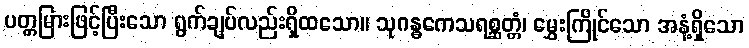
ပတ္တမြားဖြင့်ပြီးသော ရွက်ချပ်လည်းရှိထသော။ သုဂန္ဓကေသရစ္ဆတ္တံ၊ မွှေးကြိုင်သော အနံ့ရှိသော